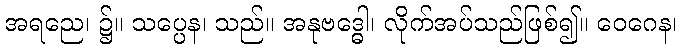
အရညေ၊ ၌။ သပ္ပေန၊ သည်။ အနုဗဒ္ဓေါ၊ လိုက်အပ်သည်ဖြစ်၍။ ဝေဂေန၊